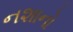
નશાનો